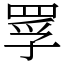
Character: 罦